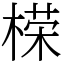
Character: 㮠